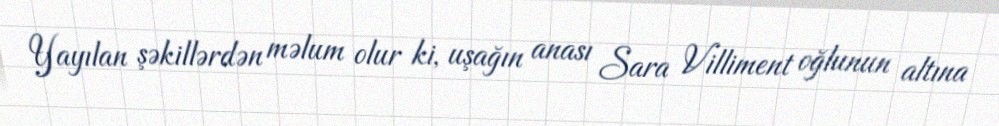
Yayılan şəkillərdən məlum olur ki, uşağın anası Sara Villiment oğlunun altına